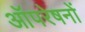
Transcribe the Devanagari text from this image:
आॅपरेषनों